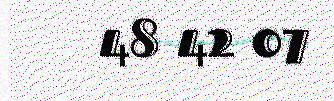
48 42 07